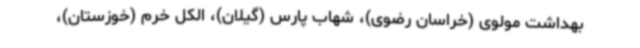
بهداشت مولوی (خراسان رضوی)، شهاب پارس (گیلان)، الکل خرم (خوزستان)،